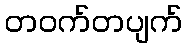
တဝက်တပျက်